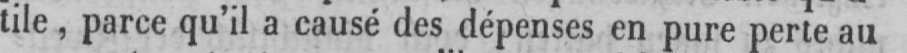
tile, parce qu’il a causé des dépenses en pure perte au